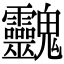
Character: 䰱